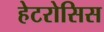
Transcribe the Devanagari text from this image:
हेटरोसिस